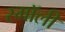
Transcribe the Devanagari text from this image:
स्माॅली